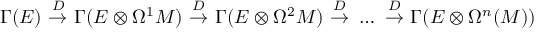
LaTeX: \Gamma ( E ) \ { \stackrel { D } { \to } } \ \Gamma ( E \otimes \Omega ^ { 1 } M ) \ { \stackrel { D } { \to } } \ \Gamma ( E \otimes \Omega ^ { 2 } M ) \ { \stackrel { D } { \to } } \ \dots \ { \stackrel { D } { \to } } \ \Gamma ( E \otimes \Omega ^ { n } ( M ) )